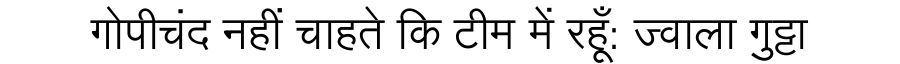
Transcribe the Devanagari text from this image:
गोपीचंद नहीं चाहते कि टीम में रहूँ: ज्वाला गुट्टा